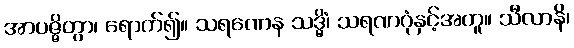
အာပဇ္ဇိတွာ၊ ရောက်၍။ သရဏေန သဒ္ဓိံ၊ သရဏဂုံနှင့်အတူ။ သီလာနိ၊